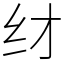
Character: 䌶